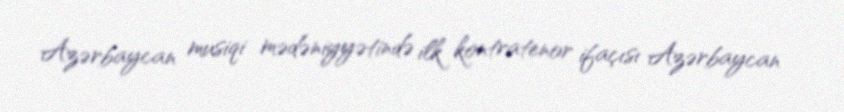
Azərbaycan musiqi mədəniyyətində ilk kontratenor ifaçısı Azərbaycan